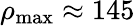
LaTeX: \rho_{\mathrm{max}}\approx 145